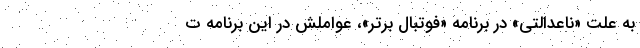
به علت «ناعدالتی» در برنامه «فوتبال برتر»، عواملش در این برنامه ت